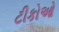
ટીકોઓ